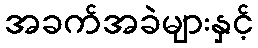
အခက်အခဲများနှင့်